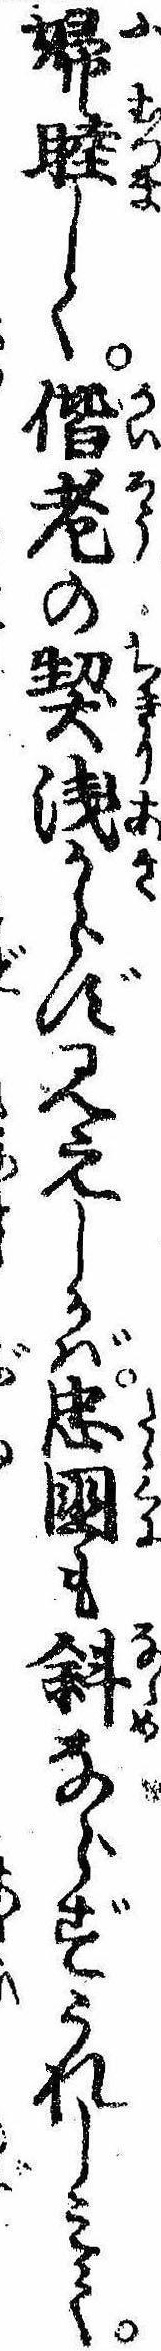
婦睦しく偕老の契浅からず見えしかば忠国も斜ならずうれしみて